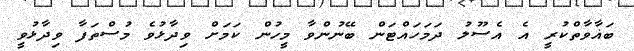
ބަޣާވާތްކުރީ އެ އެސޫލު ދަމަހައްޓަން ބޭނުންވާ މީހުން ކަމަށް ވިދާޅުވެ މުސްތަފާ ވިދާޅުވީ